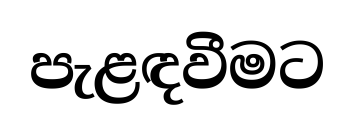
පැළඳවීමට